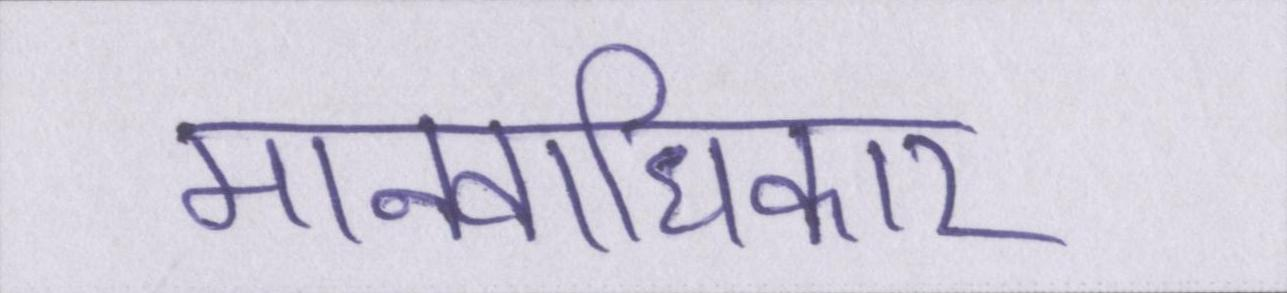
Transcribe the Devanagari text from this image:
मानवाधिकार